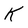
Character: k